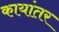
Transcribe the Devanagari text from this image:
कायांतर